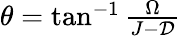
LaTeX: \begin{array}{r}{\theta=\tan^{-1}\frac{\Omega}{J-\mathcal{D}}}\end{array}